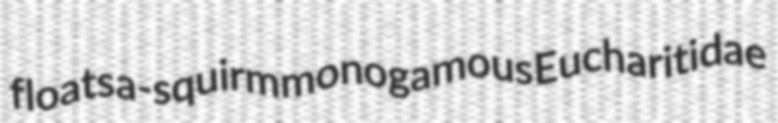
floats a-squirm monogamous Eucharitidae